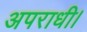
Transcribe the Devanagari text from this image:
अपराधी।